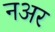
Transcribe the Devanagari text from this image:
नअर